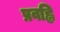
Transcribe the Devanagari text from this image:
प्रवह्लि